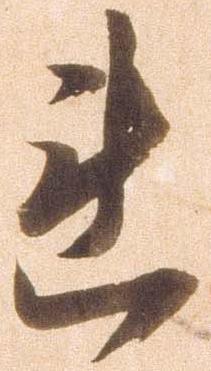
連